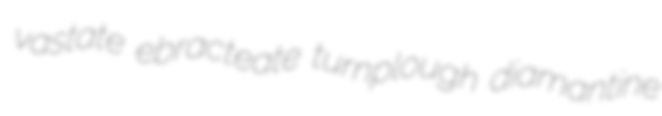
vastate ebracteate turnplough diamantine